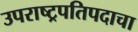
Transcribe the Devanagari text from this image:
उपराष्ट्रपतिपदाचा